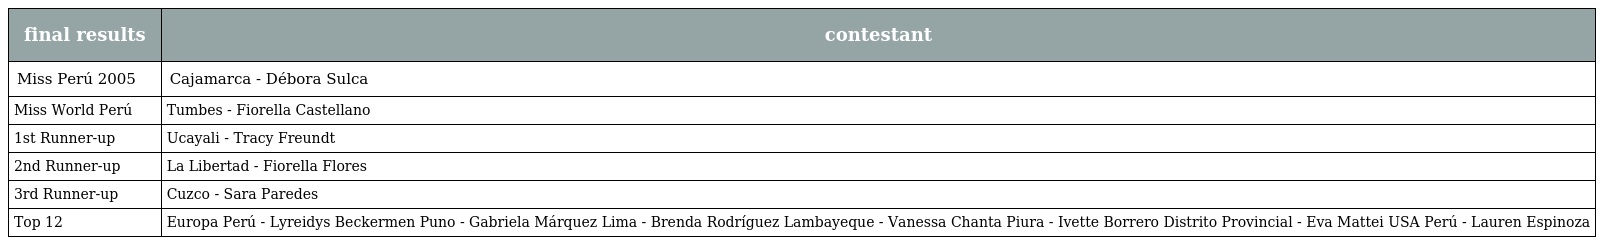
| final results | contestant |
 | --- | --- |
 | Miss Perú 2005 | Cajamarca - Débora Sulca |
 | Miss World Perú | Tumbes - Fiorella Castellano |
 | 1st Runner-up | Ucayali - Tracy Freundt |
 | 2nd Runner-up | La Libertad - Fiorella Flores |
 | 3rd Runner-up | Cuzco - Sara Paredes |
 | Top 12 | Europa Perú - Lyreidys Beckermen Puno - Gabriela Márquez Lima - Brenda Rodríguez Lambayeque - Vanessa Chanta Piura - Ivette Borrero Distrito Provincial - Eva Mattei USA Perú - Lauren Espinoza |